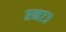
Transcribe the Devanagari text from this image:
एन७३